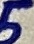
Text: 5